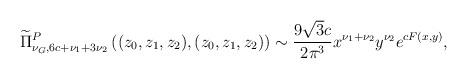
LaTeX: \begin{align*}\begin{multlined}[t][12.5cm]\widetilde{\Pi}^{P}_{\nu_{G},6c+\nu_{1}+3\nu_{2}}\left((z_{0},z_{1},z_{2}),(z_{0},z_{1},z_{2})\right)\sim \frac{9\sqrt{3}c}{2\pi^3}x^{\nu_{1}+\nu_{2}}y^{\nu_{2}}e^{cF(x,y)},\end{multlined}\end{align*}